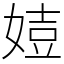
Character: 㛸